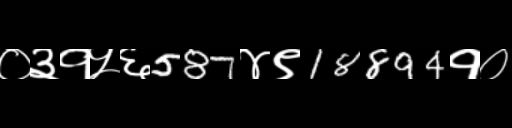
Text: ०३१५६587४९18894१०